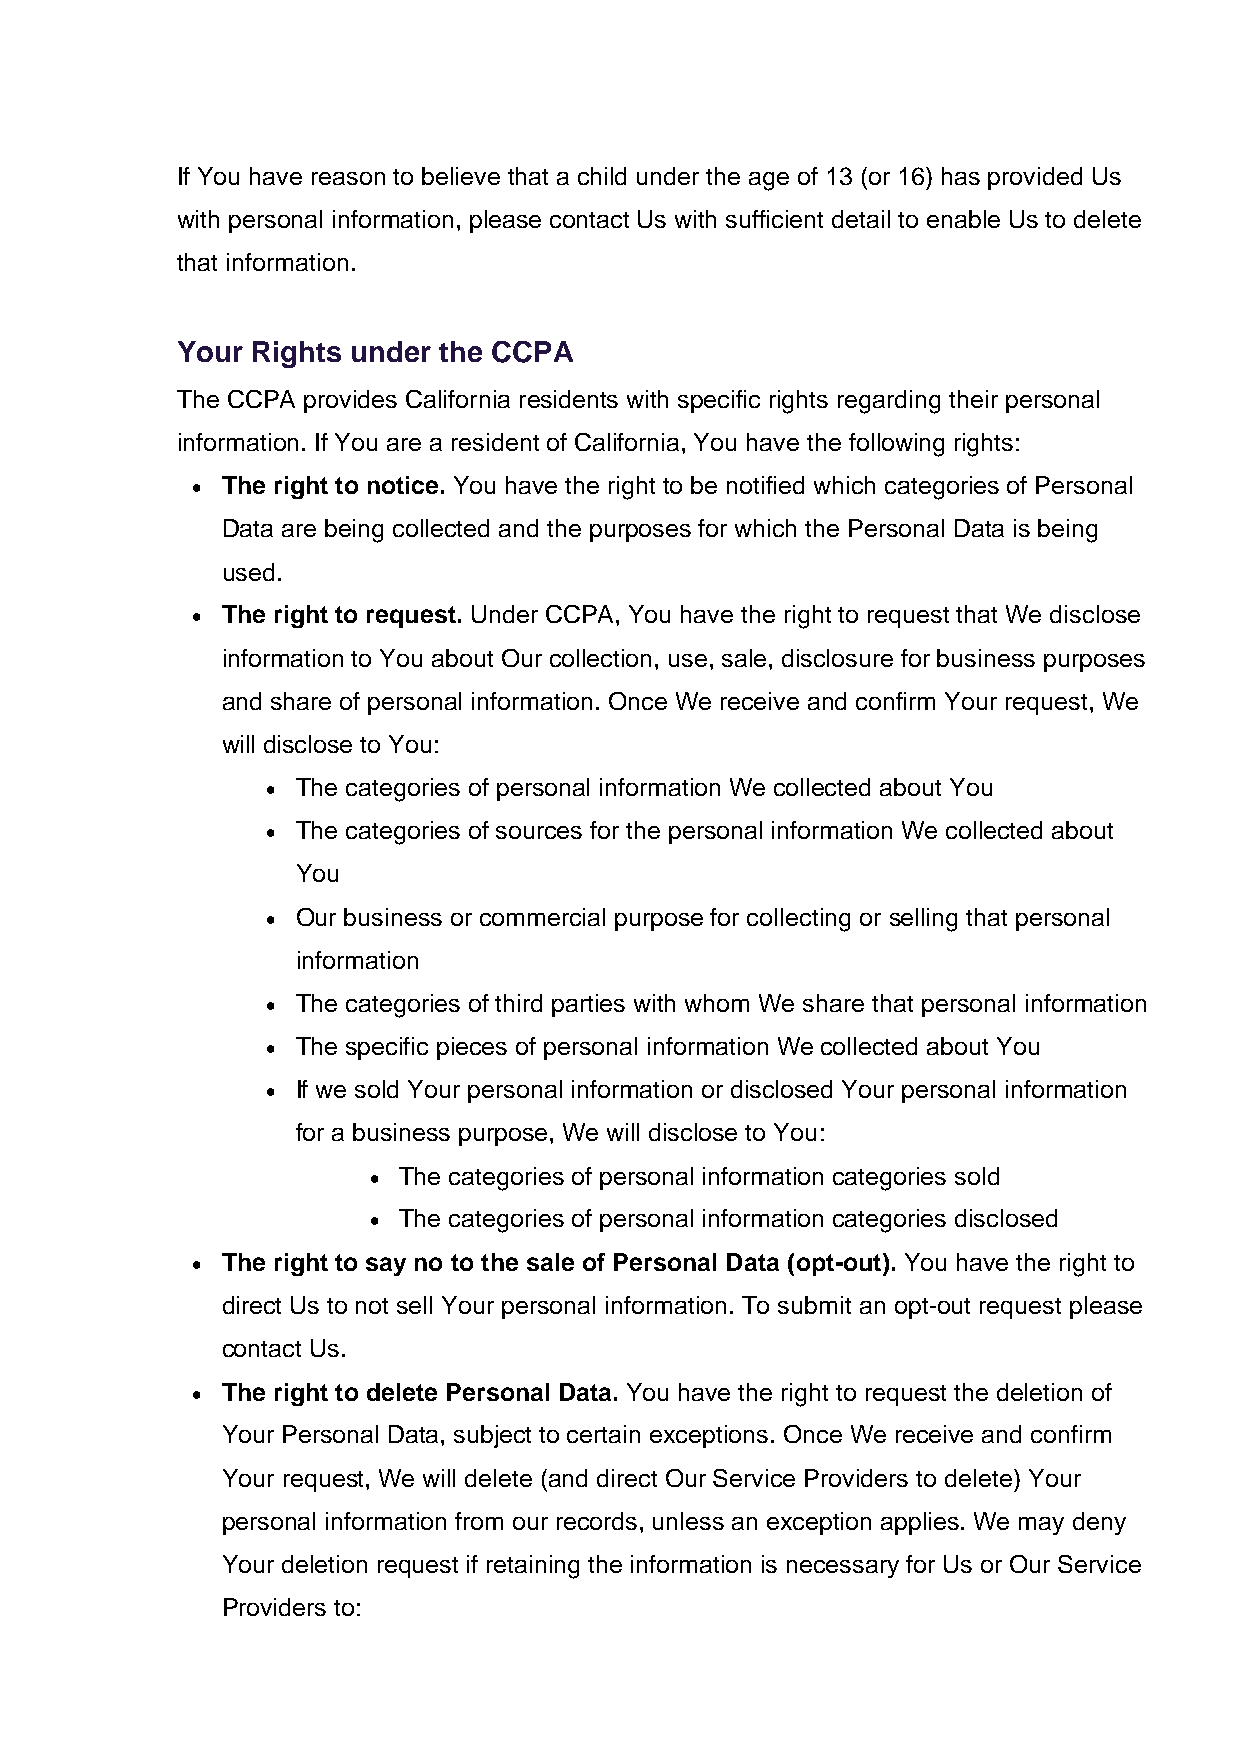
If You have reason to believe that a child under the age of 13 (or 16) has provided Us
 with personal information, please contact Us with sufficient detail to enable Us to delete
 that information.
 Your Rights under the CCPA
 The CCPA provides California residents with specific rights regarding their personal
 information. If You are a resident of California, You have the following rights:
 • The right to notice. You have the right to be notified which categories of Personal
 Data are being collected and the purposes for which the Personal Data is being
 used.
 • The right to request. Under CCPA, You have the right to request that We disclose
 information to You about Our collection, use, sale, disclosure for business purposes
 and share of personal information. Once We receive and confirm Your request, We
 will disclose to You:
 • The categories of personal information We collected about You
 • The categories of sources for the personal information We collected about
 You
 • Our business or commercial purpose for collecting or selling that personal
 information
 • The categories of third parties with whom We share that personal information
 • The specific pieces of personal information We collected about You
 • If we sold Your personal information or disclosed Your personal information
 for a business purpose, We will disclose to You:
 • The categories of personal information categories sold
 • The categories of personal information categories disclosed
 • The right to say no to the sale of Personal Data (opt-out). You have the right to
 direct Us to not sell Your personal information. To submit an opt-out request please
 contact Us.
 • The right to delete Personal Data. You have the right to request the deletion of
 Your Personal Data, subject to certain exceptions. Once We receive and confirm
 Your request, We will delete (and direct Our Service Providers to delete) Your
 personal information from our records, unless an exception applies. We may deny
 Your deletion request if retaining the information is necessary for Us or Our Service
 Providers to: